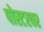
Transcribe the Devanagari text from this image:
पोस्टरवर